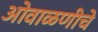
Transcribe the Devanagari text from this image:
ओवाळणीचे